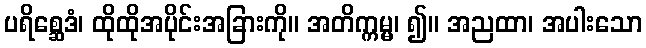
ပရိစ္ဆေဒံ၊ ထိုထိုအပိုင်းအခြားကို။ အတိက္ကမ္မ၊ ၍။ အညထာ၊ အပါးသော